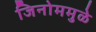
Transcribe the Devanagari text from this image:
जिनोममुळे